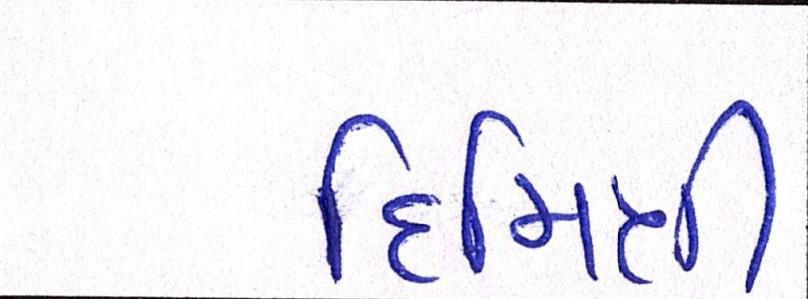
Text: દિમિત્રી